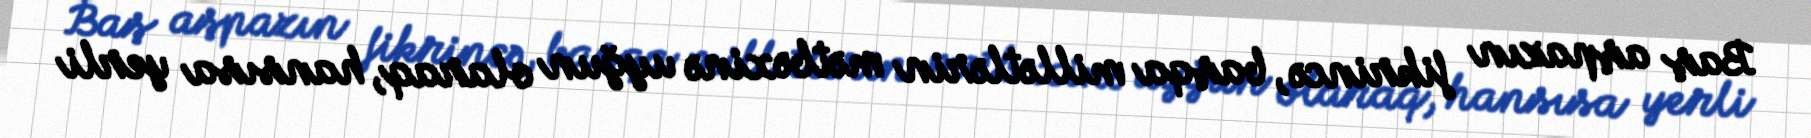
Baş aşpazın fikrincə, başqa millətlərin mətbəxinə uyğun olaraq, hansısa yerli